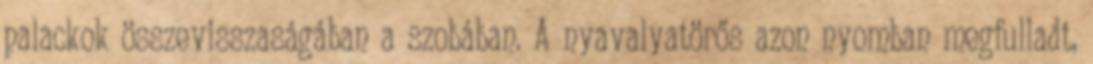
palackok összevisszaságában a szobában. A nyavalyatörős azon nyomban megfulladt,